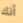
أنك